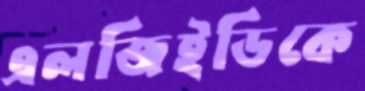
এলজিইডিকে